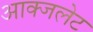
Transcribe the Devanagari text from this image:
आक्जलेट